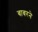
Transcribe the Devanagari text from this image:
बाबरने